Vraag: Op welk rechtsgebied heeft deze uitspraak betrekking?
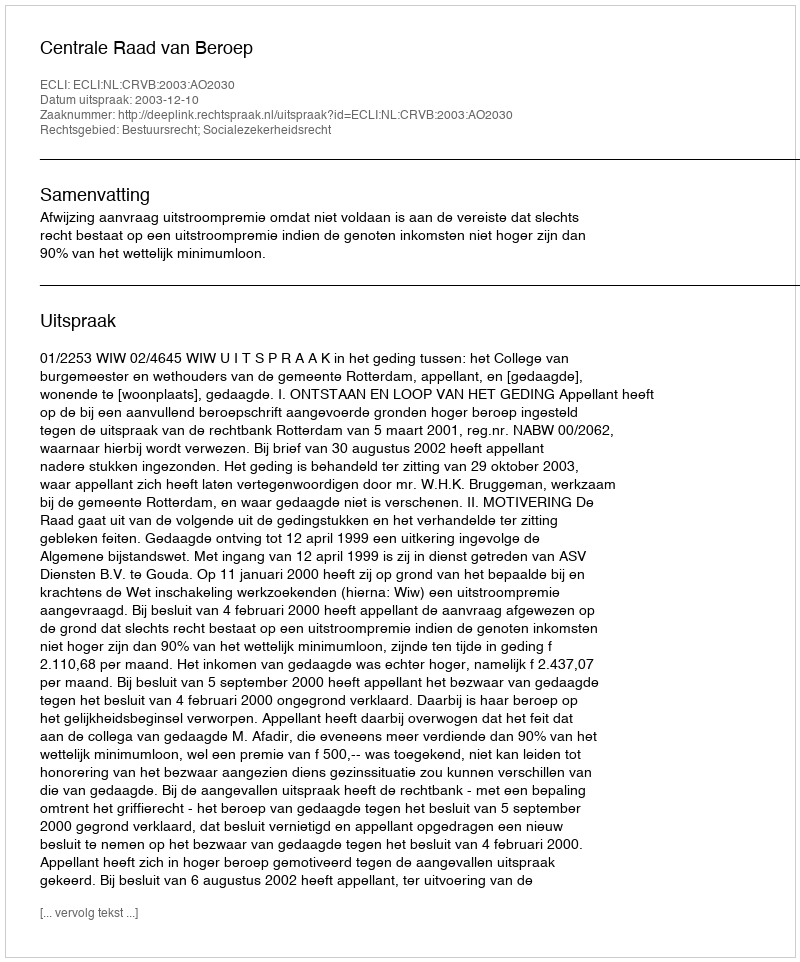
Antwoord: Bestuursrecht; Socialezekerheidsrecht